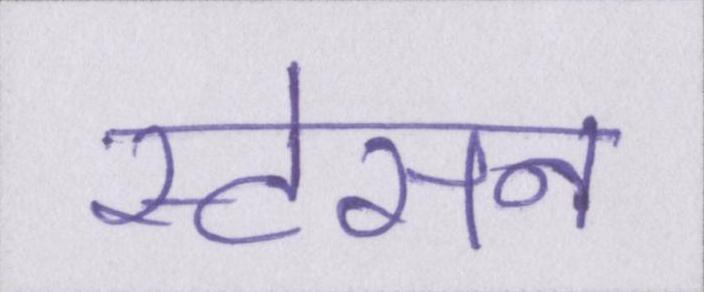
स्टेसन